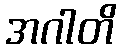
အဂါတိ